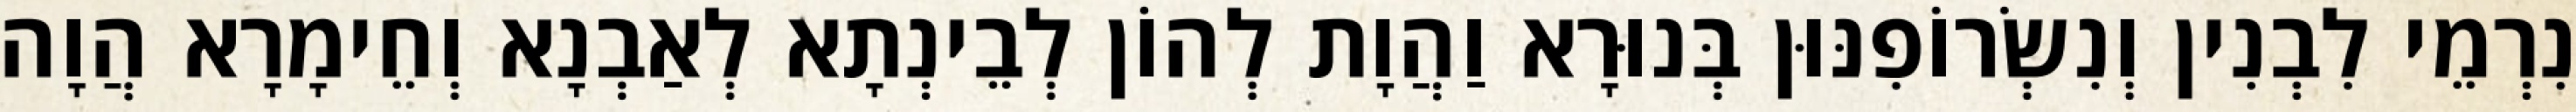
נִרְמֵי לִבְנִין וְנִשְׂרוֹפִנּוּן בְּנוּרָא וַהֲוָת לְהוֹן לְבֵינְתָא לְאַבְנָא וְחֵימָרָא הֲוָה